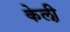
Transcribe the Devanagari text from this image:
केली़